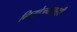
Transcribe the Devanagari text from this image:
नियोजनावरही